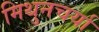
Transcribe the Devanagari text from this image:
मिथुनचर्या